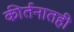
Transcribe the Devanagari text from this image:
कीर्तनातही